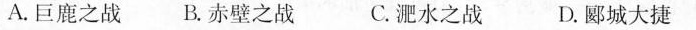
A.巨鹿之战B.赤壁之战 C.淝水之战 D.郾城大捷